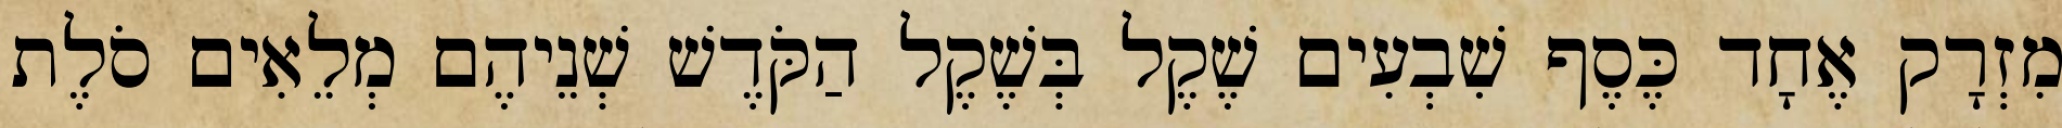
מִזְרָק אֶחָד כֶּסֶף שִׁבְעִים שֶׁקֶל בְּשֶׁקֶל הַקֹּדֶשׁ שְׁנֵיהֶם מְלֵאִים סֹלֶת